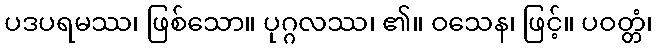
ပဒပရမဿ၊ ဖြစ်သော။ ပုဂ္ဂလဿ၊ ၏။ ဝသေန၊ ဖြင့်။ ပဝတ္တံ၊